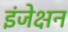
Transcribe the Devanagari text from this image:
इंजेक्षन